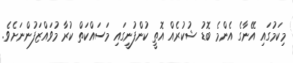
މިކަމުގައި އޭނާގެ އެންމެ ބޮޑު ޝުކުރެއް އޮތީ ކުންފުނީގައި މަސައްކަތް ކުރާ މުވައްޒަފުންނަށެވެ.